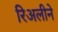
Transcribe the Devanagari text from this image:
रिअलीने